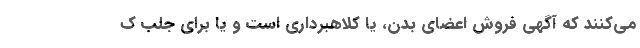
می‌کنند که آگهی فروش اعضای بدن، یا کلاهبرداری است و یا برای جلب ک